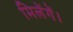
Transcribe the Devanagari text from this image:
मिलेंगें।